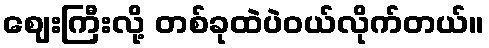
ဈေးကြီးလို့ တစ်ခုထဲပဲဝယ်လိုက်တယ်။